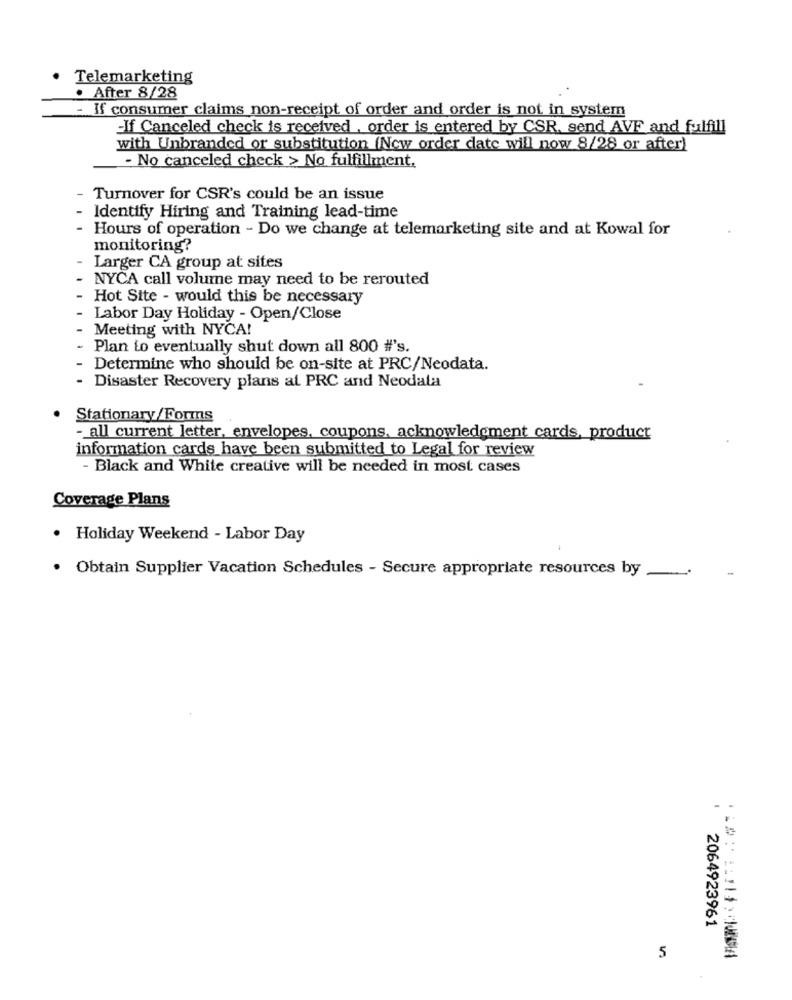
Telemarketing
. After 8/28
- If consumer claims non-receipt of order and order is not in system
-If Canceled check is received , order is entered by CSR. send AVF and fulfill
with Unbranded or substitution (New order date will now 8/28 or after)
- No canceled check > No fulfillment.
Turnover for CSR's could be an issue
Identify Hiring and Training lead-time
- Hours of operation - Do we change at telemarketing site and at Kowal for
monitoring?
Larger CA group at sites
NYCA call volume may need to be rerouted
Hot Site - would this be necessary
Labor Day Holiday - Open/Close
Meeting with NYCA!
Plan to eventually shut down all 800 #'s.
Determine who should be on-site at PRC/Neodata.
Disaster Recovery plans at PRC and Neodata
Stationary/ Forms
- all current letter, envelopes, coupons, acknowledgment cards, product
information cards have been submitted to Legal for review
- Black and White creative will be needed in most cases
Coverage Plans
· Holiday Weekend - Labor Day
· Obtain Supplier Vacation Schedules - Secure appropriate resources by ....
2064923961
5